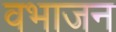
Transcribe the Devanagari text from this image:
वभाजन